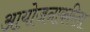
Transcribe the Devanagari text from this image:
आयोजनाकरिता